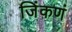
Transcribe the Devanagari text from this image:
जिंकणं